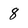
Character: 8